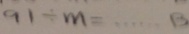
9 1 \div m = \cdots 1 3